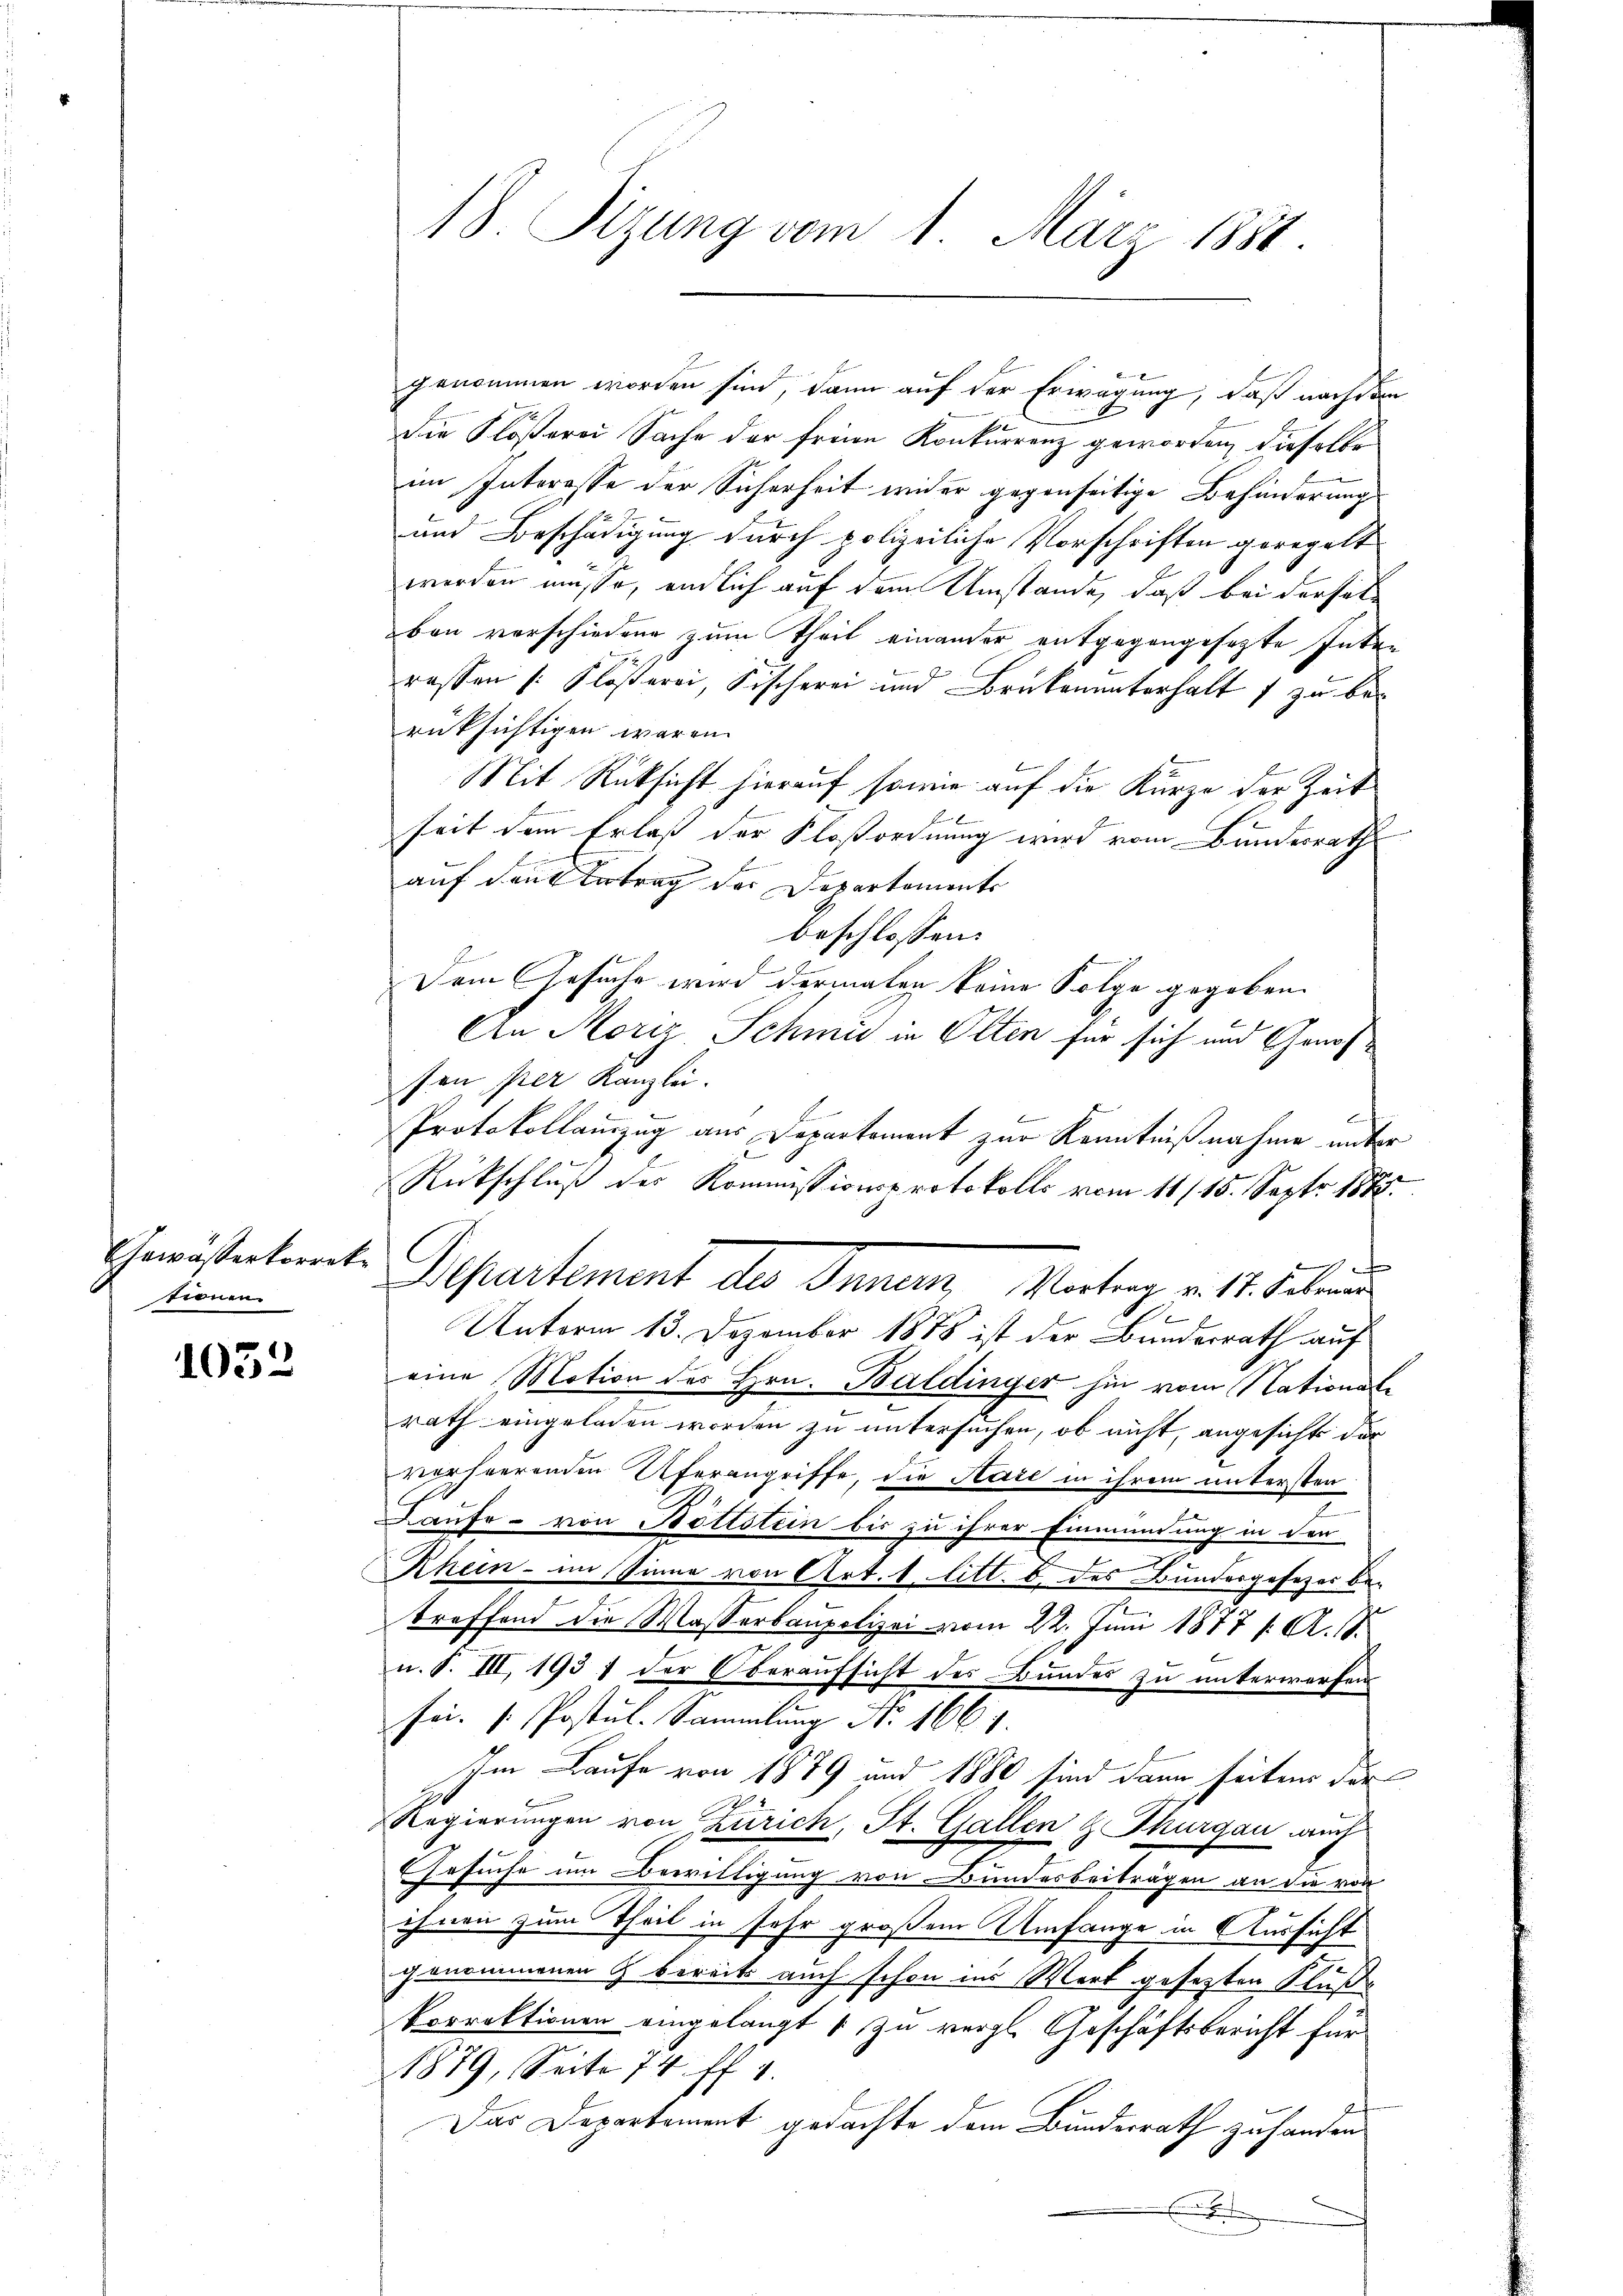
Gewässerkorrete
tienen

1032

18. Sizung vom 1. März 1881.

genommen worden sind, dann auf der Erwägung, daß nachdem
Die Flößerei Sache der freien Konkurrenz geworden, dieselbe
im Interesse der Sicherheit wider gegenseitige Behinderung
und Beschädigung durch polizeiliche Vorschriften geregelt
werden müsse, endlich auf dem Umstände, daß bei derselban verschiedene zum Theil einander entgegengesezte Inten
H
rassen /: Klösterei, Fischerei und Brükenunterhalt 7 zu berüksichtigen waren.
Mit Rücksicht hierauf sowie auf die Kurze der Zeit
seit dem Erlass der Floßordnung wird vom Bundesrath
auf den Betrag der Departements
beschlossen:
Dem Gesuche wird dermalen keine Folge gegeben.
An Moriz Schmid in Olten für sich und Genosson per Kanzlei.
Protokollauzug aus Departement zur Kenntnißnahme unter
Rückschluß der Kommissionsprotokolls vom 11 (15. Sept. 1875

1
Unterm 13. Dezember 1888 ist der Bunderrath auf
eine Motion des Hrn. Baldinger hin vom Nationale
rath eingeladen worden zu untersuchen, ob nicht, angesichts der
verheerenden Uferangriffe, die Raie in ihrem untersten
Laufe - von Bottstein bis zu ihrer Einmündung in der
n
Rhein - im Sinne von Art. 1 litt. b. des Bundesgesezes be-
treffend die Wasserbaupolizei vom 22. Juni 1877 s. A. S.
n. S. III, 1937 der Oberaufsicht des Bundes zu unterworfen
fei. / Postul-Sammlung Nr. 166
Im Laufe von 1879 und 1880 sind dann seiten der
Regierungen von Zürich, St. Gallen & Thurgau auch
Gesuche um Bewilligung von Bundesbeiträgen an die von
ihnen zum Theil in sehr großem Umfange in Aussicht
genommenen & bereits auch schon ins Wert gesetzten Fluße
korrektionen eingelangt zu vergl. Geschäftsbericht für
1879, Seite 74 ff. 1.
Das Departement gedachte dem Bundesrath zu handen
E

Separtement des Innen Montrag v. 14. Jahren